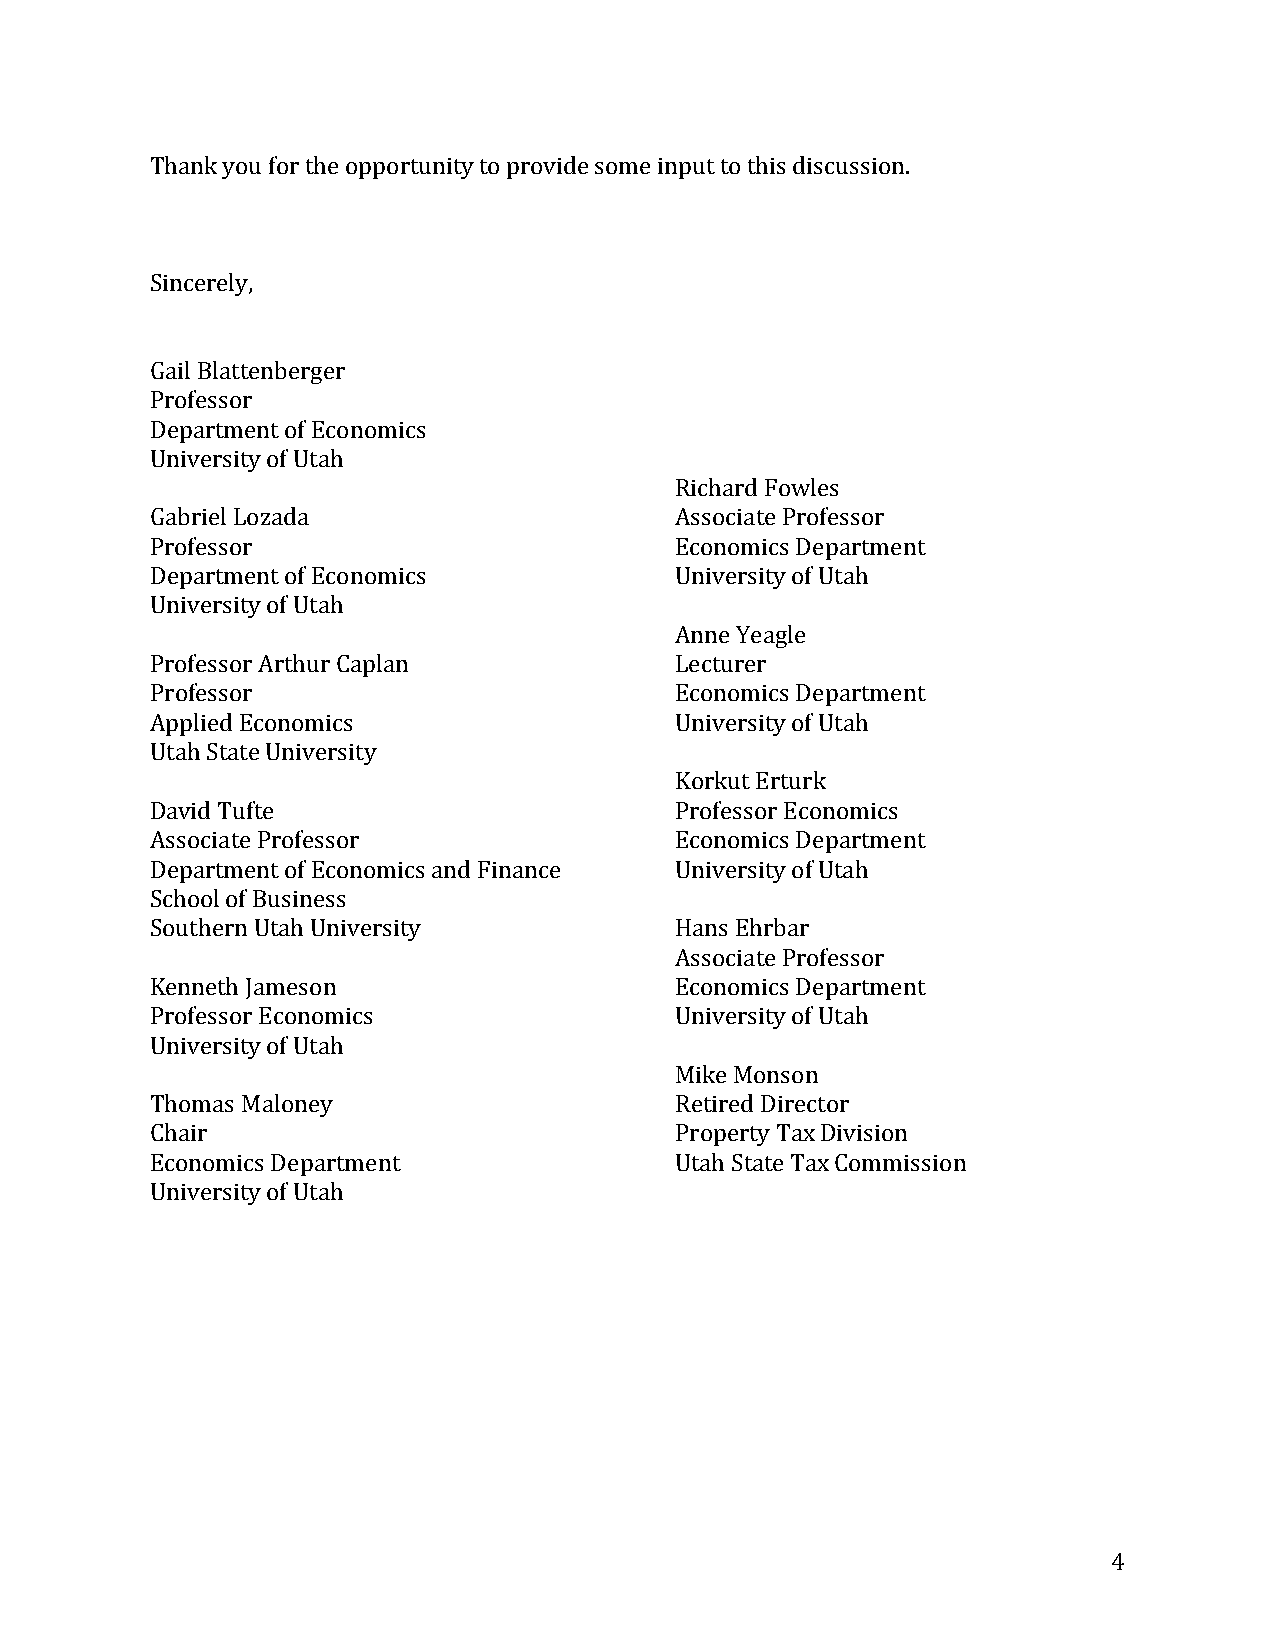
Thank you for the opportunity to provide some input to this discussion.
 Sincerely,
 Gail Blattenberger
 Professor
 Department of Economics
 University of Utah
 Richard Fowles
 Gabriel Lozada                     Associate Professor
 Professor                          Economics Department
 Department of Economics            University of Utah
 University of Utah
 Anne Yeagle
 Professor Arthur Caplan            Lecturer
 Professor                          Economics Department
 Applied Economics                  University of Utah
 Utah State University
 Korkut Erturk
 David Tufte                        Professor Economics
 Associate Professor                Economics Department
 Department of Economics and Finance University of Utah
 School of Business
 Southern Utah University           Hans Ehrbar
 Associate Professor
 Kenneth Jameson                    Economics Department
 Professor Economics                University of Utah
 University of Utah
 Mike Monson
 Thomas Maloney                     Retired Director
 Chair                              Property Tax Division
 Economics Department               Utah State Tax Commission
 University of Utah
 4